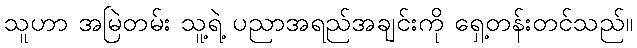
သူဟာ အမြဲတမ်း သူ့ရဲ့ ပညာအရည်အချင်းကို ရှေ့တန်းတင်သည်။